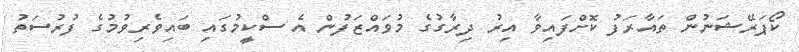
ކޯޕަރޭޝަނުން ތައާރަފު ކޮށްފައިވާ އިރު ދިރާގުގެ މުވައްޒަފުން އެ ސްކީމުގައި ބައިވެރިވުމުގެ ފުރުސަތު